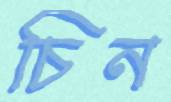
চিন